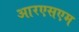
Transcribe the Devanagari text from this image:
आरएसएम